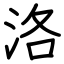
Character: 洛